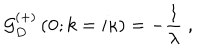
{ \mathcal G } _ { D } ^ { ( + ) } \left( { \bf 0 } ; k = i \kappa \right) = - \frac { 1 } { \lambda } \; ,